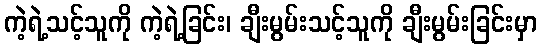
ကဲ့ရဲ့သင့်သူကို ကဲ့ရဲ့ခြင်း၊ ချီးမွမ်းသင့်သူကို ချီးမွမ်းခြင်းမှာ